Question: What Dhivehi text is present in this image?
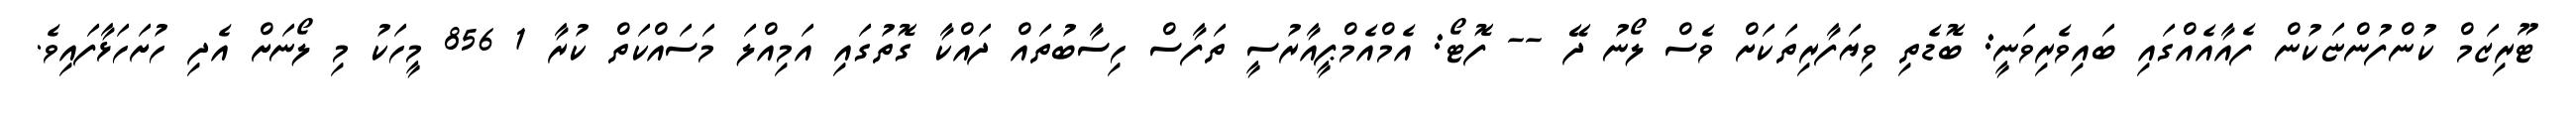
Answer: ޓޫރިޒަމް ކުންފުންޏަކުން ފެއާއެއްގައި ބައިވެރިވަނީ: ބޮޑެތި ވިޔަފާރިތަކަށް ވެސް ލޯނު ދޭ -- ފޮޓޯ: އެމްއެމްޕީއާރުސީ ތަފާސް ހިސާބުތައް ދައްކާ ގޮތުގައި އަމިއްލަ މަސައްކަތް ކުރާ 1 856 މީހަކު މި ލޯނަށް އެދި ހުށަހަޅާފައިވެ.